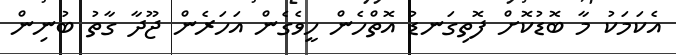
އެކަމަކު މާ ބޮޑުކޮށް ފޮތިގަނޑު އޮތްހެން ހީވެގެން އަހަރެން ޖޫދާ ގާތު ބުނިން